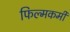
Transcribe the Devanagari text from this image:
फिल्मकर्मी